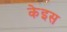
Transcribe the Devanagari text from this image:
केइस